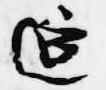
延